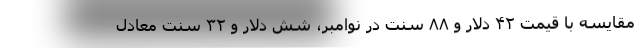
مقایسه با قیمت ۴۲ دلار و ۸۸ سنت در نوامبر، شش دلار و ۳۲ سنت معادل